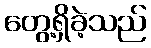
တွေ့ရှိခဲ့သည်